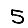
Digit: 5